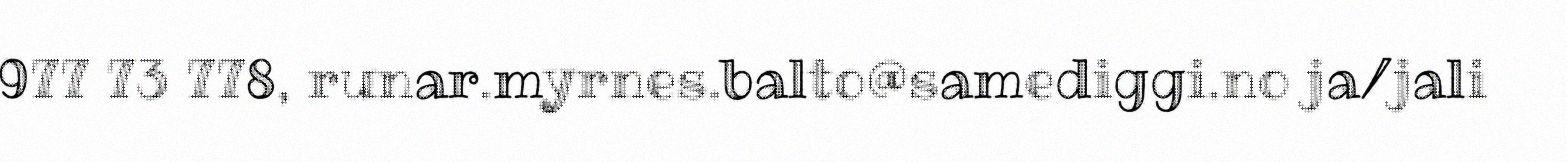
977 73 778, runar.myrnes.balto@samediggi.no ja/jali